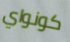
كونواي